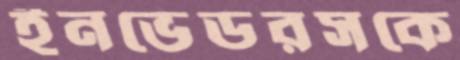
ইনভেডরসকে